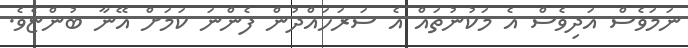
ނަމަވެސް އަދިވެސް އެ މަކުނުތައް އެ ސަރަހައްދުން ފެންނަ ކަމަށް އޭނާ ބުންޏެވެ.